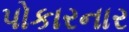
પોકારનાર